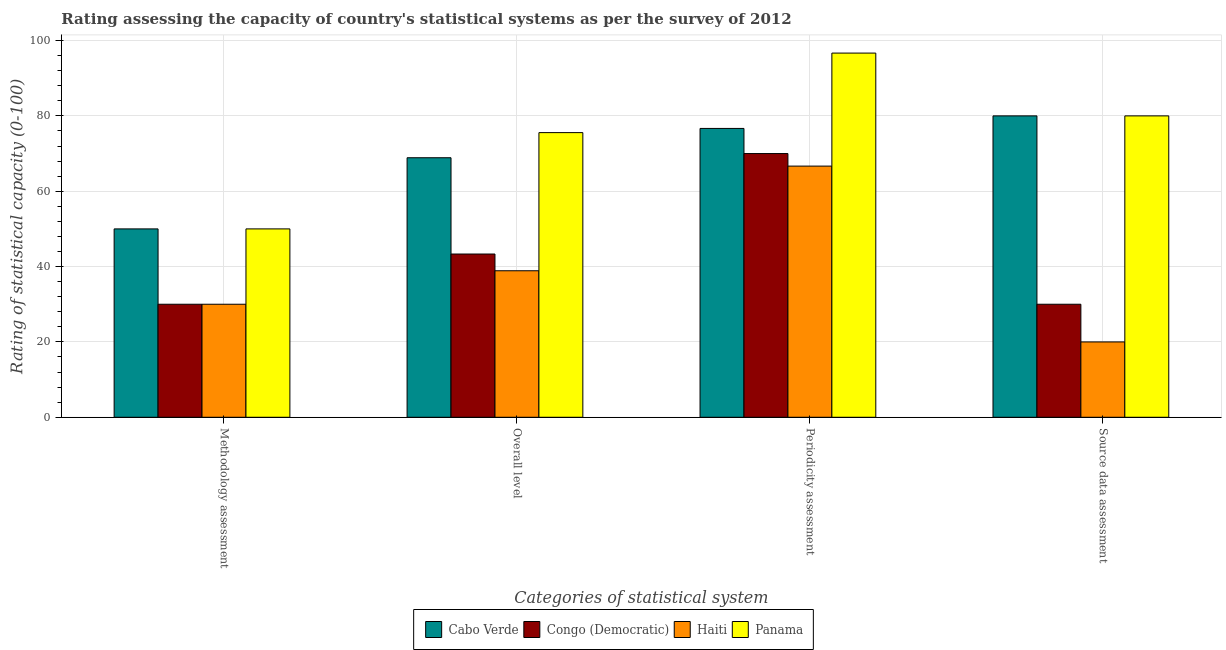
| Categories of statistical system | Cabo Verde | Congo (Democratic) | Haiti | Panama |
 | --- | --- | --- | --- | --- |
 | Methodology assessment | 50 | 30 | 30 | 50 |
 | Overall level | 68.9 | 43.3 | 38.9 | 75.6 |
 | Periodicity assessment | 76.7 | 70 | 66.7 | 96.7 |
 | Source data assessment | 80 | 30 | 20 | 80 |